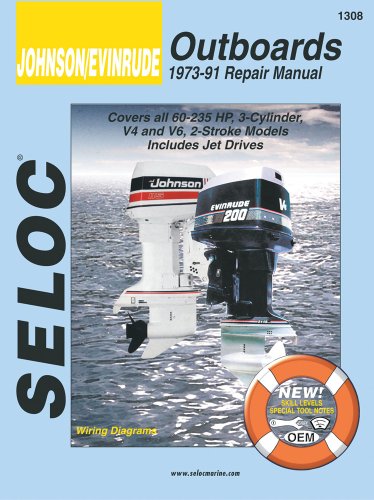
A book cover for Johnson/Evinrude Outboards, 1973-91 Repair Manual, Covers all 60-235 HP, 3-Cylinder, V4 and V6, 2-Stroke Models, Includes Jet Drives (Seloc); Clarence Coles; Sports & Outdoors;